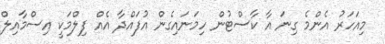
މިއަހަރު އެންމެ ގިނަ އާ ކާސްޓުން ހިމަނައިގެން އުފައްދާ އެއް ފިލްމަކީ އިސްމާއިލް